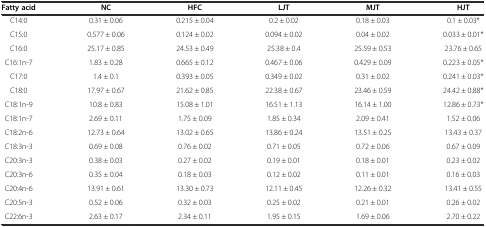
<table><thead><tr><td><b>Fatty acid</b></td><td><b>NC</b></td><td><b>HFC</b></td><td><b>LJT</b></td><td><b>MJT</b></td><td><b>HJT</b></td></tr></thead><tbody><tr><td>C14:0</td><td>0.31 ± 0.06</td><td>0.215 ± 0.04</td><td>0.2 ± 0.02</td><td>0.18 ± 0.03</td><td>0.1 ± 0.03*</td></tr><tr><td>C15:0</td><td>0.577 ± 0.06</td><td>0.124 ± 0.02</td><td>0.094 ± 0.02</td><td>0.04 ± 0.02</td><td>0.033 ± 0.01*</td></tr><tr><td>C16:0</td><td>25.17 ± 0.85</td><td>24.53 ± 0.49</td><td>25.38 ± 0.4</td><td>25.59 ± 0.53</td><td>23.76 ± 0.65</td></tr><tr><td>C16:1n-7</td><td>1.83 ± 0.28</td><td>0.665 ± 0.12</td><td>0.467 ± 0.06</td><td>0.429 ± 0.09</td><td>0.223 ± 0.05*</td></tr><tr><td>C17:0</td><td>1.4 ± 0.1</td><td>0.393 ± 0.05</td><td>0.349 ± 0.02</td><td>0.31 ± 0.02</td><td>0.241 ± 0.03*</td></tr><tr><td>C18:0</td><td>17.97 ± 0.67</td><td>21.62 ± 0.85</td><td>22.38 ± 0.67</td><td>23.46 ± 0.59</td><td>24.42 ± 0.88*</td></tr><tr><td>C18:1n-9</td><td>10.8 ± 0.83</td><td>15.08 ± 1.01</td><td>16.51 ± 1.13</td><td>16.14 ± 1.00</td><td>12.86 ± 0.73*</td></tr><tr><td>C18:1n-7</td><td>2.69 ± 0.11</td><td>1.75 ± 0.09</td><td>1.85 ± 0.34</td><td>2.09 ± 0.41</td><td>1.52 ± 0.06</td></tr><tr><td>C18:2n-6</td><td>12.73 ± 0.64</td><td>13.02 ± 0.65</td><td>13.86 ± 0.24</td><td>13.51 ± 0.25</td><td>13.43 ± 0.37</td></tr><tr><td>C18:3n-3</td><td>0.69 ± 0.08</td><td>0.76 ± 0.02</td><td>0.71 ± 0.05</td><td>0.72 ± 0.06</td><td>0.67 ± 0.09</td></tr><tr><td>C20:3n-3</td><td>0.38 ± 0.03</td><td>0.27 ± 0.02</td><td>0.19 ± 0.01</td><td>0.18 ± 0.01</td><td>0.23 ± 0.02</td></tr><tr><td>C20:3n-6</td><td>0.35 ± 0.04</td><td>0.18 ± 0.03</td><td>0.12 ± 0.02</td><td>0.11 ± 0.01</td><td>0.16 ± 0.03</td></tr><tr><td>C20:4n-6</td><td>13.91 ± 0.61</td><td>13.30 ± 0.73</td><td>12.11 ± 0.45</td><td>12.26 ± 0.32</td><td>13.41 ± 0.55</td></tr><tr><td>C20:5n-3</td><td>0.52 ± 0.06</td><td>0.32 ± 0.03</td><td>0.25 ± 0.02</td><td>0.21 ± 0.01</td><td>0.26 ± 0.02</td></tr><tr><td>C22:6n-3</td><td>2.63 ± 0.17</td><td>2.34 ± 0.11</td><td>1.95 ± 0.15</td><td>1.69 ± 0.06</td><td>2.70 ± 0.22</td></tr></tbody></table>